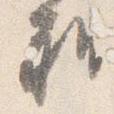
雅